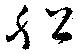
船